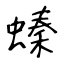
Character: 螓